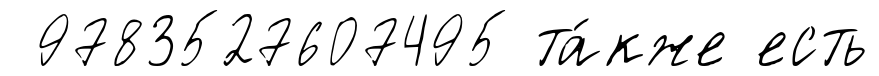
9783527607495 та́кже есть